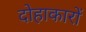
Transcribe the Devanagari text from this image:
दोहाकारों